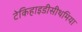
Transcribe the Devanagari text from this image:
टेकिहाइडीसीथमिया